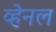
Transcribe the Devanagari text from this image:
व्हेनल